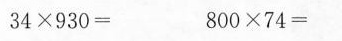
$$3 4 \times 9 3 0 =$$ $$8 0 0 \times 7 4 =$$